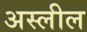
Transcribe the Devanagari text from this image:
अस्लील